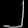
Digit: ၂